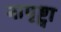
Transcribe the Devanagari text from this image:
नापृष्ट्वा